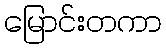
မြောင်းတကာ